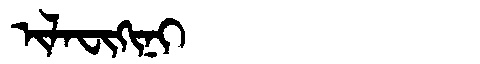
Manchu: ᡳᠯᠠᠸᡳᡴᡳᠨᡳ
Romanization: ILAFIKINI